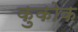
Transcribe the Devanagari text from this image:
कुकोक